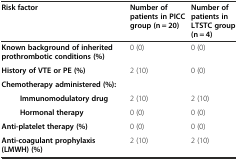
| Risk factor | Number of patients in PICC group (n = 20) | Number of patients in LTSTC group (n = 4) |
 | --- | --- | --- |
 | Known background of inherited prothrombotic conditions (%) | 0 (0) | 0 (0) |
 | History of VTE or PE (%) | 2 (10) | 0 (0) |
 | Chemotherapy administered (%): |  |  |
 | Immunomodulatory drug | 2 (10) | 2 (10) |
 | Hormonal therapy | 0 (0) | 0 (0) |
 | Anti-platelet therapy (%) | 0 (0) | 0 (0) |
 | Anti-coagulant prophylaxis (LMWH) (%) | 2 (10) | 2 (10) |